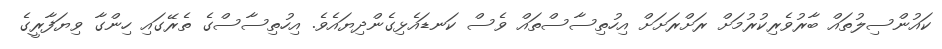
ކައުންސިލުތައް ބާރުވެރިކުރުމަށް ރަށްރަށަށް އިހުތިސާސްތައް ވެސް ކަނޑައެޅިގެންދިޔައެވެ. އިހުތިސާސްގެ ތެރޭގައި ހިންގާ ވިޔަފާރީގެ